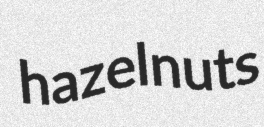
hazelnuts